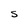
Character: S